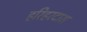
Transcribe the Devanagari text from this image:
हरिहरदास